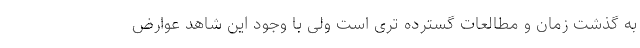
به گذشت زمان و مطالعات گسترده تری است ولی با وجود این شاهد عوارض